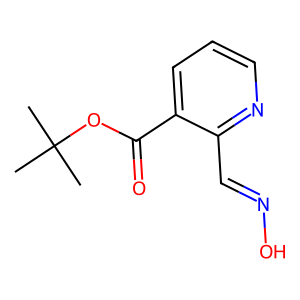
SMILES: CC(C)(C)OC(=O)c1cccnc1C=NO
Inhibits HIV replication: No